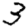
Digit: 3